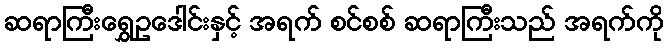
ဆရာကြီးရွှေဥဒေါင်းနှင့် အရက် စင်စစ် ဆရာကြီးသည် အရက်ကို